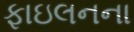
ફાઇલનના